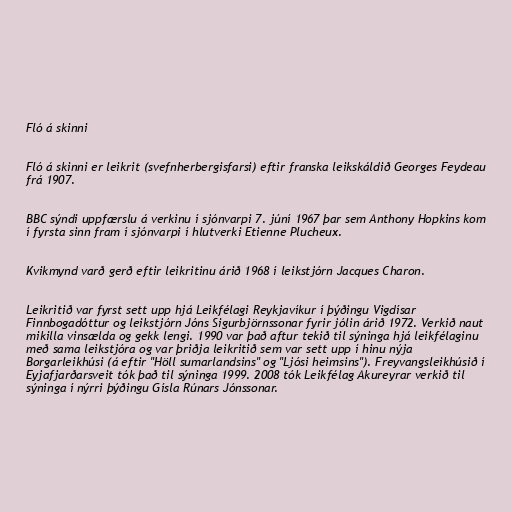
Fló á skinni

Fló á skinni er leikrit (svefnherbergisfarsi) eftir franska leikskáldið Georges Feydeau
frá 1907.

BBC sýndi uppfærslu á verkinu í sjónvarpi 7. júní 1967 þar sem Anthony Hopkins kom
í fyrsta sinn fram í sjónvarpi í hlutverki Etienne Plucheux.

Kvikmynd varð gerð eftir leikritinu árið 1968 í leikstjórn Jacques Charon.

Leikritið var fyrst sett upp hjá Leikfélagi Reykjavíkur í þýðingu Vigdísar
Finnbogadóttur og leikstjórn Jóns Sigurbjörnssonar fyrir jólin árið 1972. Verkið naut
mikilla vinsælda og gekk lengi. 1990 var það aftur tekið til sýninga hjá leikfélaginu
með sama leikstjóra og var þriðja leikritið sem var sett upp í hinu nýja
Borgarleikhúsi (á eftir "Höll sumarlandsins" og "Ljósi heimsins"). Freyvangsleikhúsið í
Eyjafjarðarsveit tók það til sýninga 1999. 2008 tók Leikfélag Akureyrar verkið til
sýninga í nýrri þýðingu Gísla Rúnars Jónssonar.